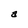
Character: a